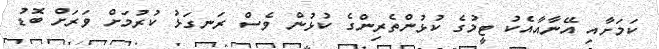
ކަމަށާއި އޭނާއާއެކު ޓީމުގެ ކުޅުންތެރިންގެ ކުޅުން ވެސް ރަނގަޅު ކުރުމަށް ވަރަށް ބޮޑު